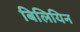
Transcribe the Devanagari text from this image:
बिलियिन